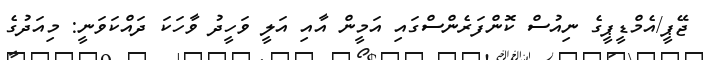
ޖޭޕީ/އެމްޑީޕީގެ ނިއުސް ކޮންފަރެންސްގައި އަމީން އާއި އަލީ ވަހީދު ވާހަކަ ދައްކަވަނީ: މިއަދުގެ